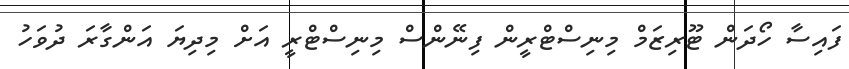
ފައިސާ ހޯދަން ޓޫރިޒަމް މިނިސްޓްރީން ފިނޭންސް މިނިސްޓްރީ އަށް މިދިޔަ އަންގާރަ ދުވަހު